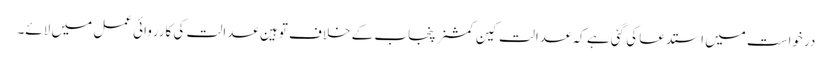
درخواست میں استدعا کی گئی ہے کہ عدالت کین کمشنر پنجاب کے خلاف توہین عدالت کی کارروائی عمل میں لائے۔